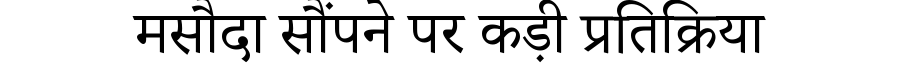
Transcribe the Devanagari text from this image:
मसौदा सौंपने पर कड़ी प्रतिक्रिया